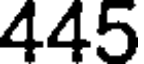
445